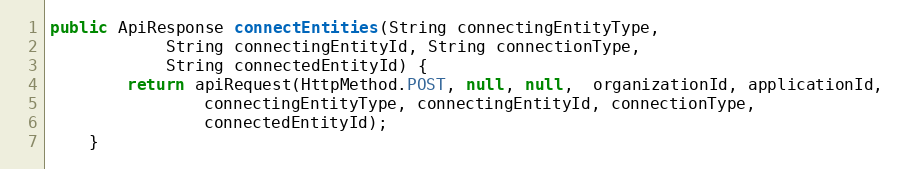
Language: Java
public ApiResponse connectEntities(String connectingEntityType,
            String connectingEntityId, String connectionType,
            String connectedEntityId) {
        return apiRequest(HttpMethod.POST, null, null,  organizationId, applicationId,
                connectingEntityType, connectingEntityId, connectionType,
                connectedEntityId);
    }